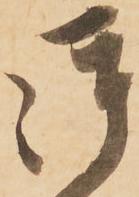
御